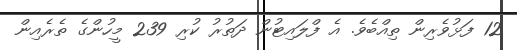
12 ފަޅުވެރިން ތިއްބެވެ. އެ ފްލައިޓުން ދަތުރު ކުރި 239 މީހުންގެ ތެރެއިން